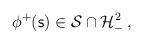
LaTeX: \begin{align*}\phi ^+({\mathsf s})\in {\cal S}\cap {\cal H}_-^2 \, , \end{align*}